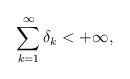
LaTeX: \begin{align*} \displaystyle \sum_{k=1}^{\infty} \delta_k < +\infty,\end{align*}